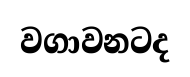
වගාවනටද